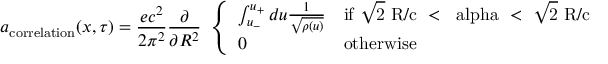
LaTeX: a _ { \mathrm { c o r r e l a t i o n } } ( x , \tau ) = \frac { e c ^ { 2 } } { 2 \pi ^ { 2 } } \frac { \partial } { \partial R ^ { 2 } } \ \left\{ \begin{array} { l l } { { \int _ { u _ { - } } ^ { u _ { + } } d u \frac { 1 } { \sqrt { \rho ( u ) } } } } & { { \mathrm { i f ~ \sqrt { 2 } ~ R / c ~ < ~ \ a l p h a ~ < ~ \sqrt { 2 } ~ R / c ~ } } } \\ { { 0 } } & { { \mathrm { o t h e r w i s e } } } \end{array} \right.